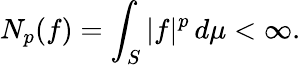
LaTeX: N_{p}(f)=\int_{S}|f|^{p}\, d\mu<\infty.